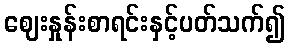
ဈေးနှုန်းစာရင်းနှင့်ပတ်သက်၍